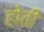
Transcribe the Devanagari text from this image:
होती